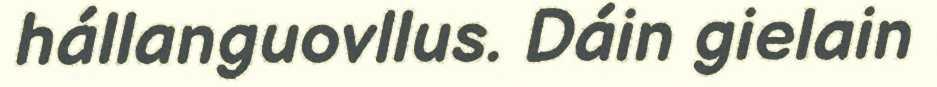
hállanguovllus. Dáin gielain